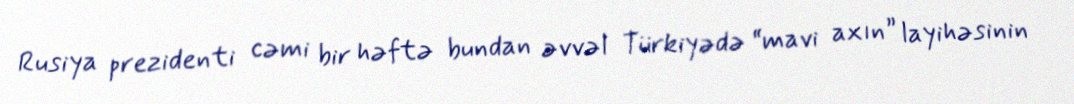
Rusiya prezidenti cəmi bir həftə bundan əvvəl Türkiyədə “mavi axın” layihəsinin